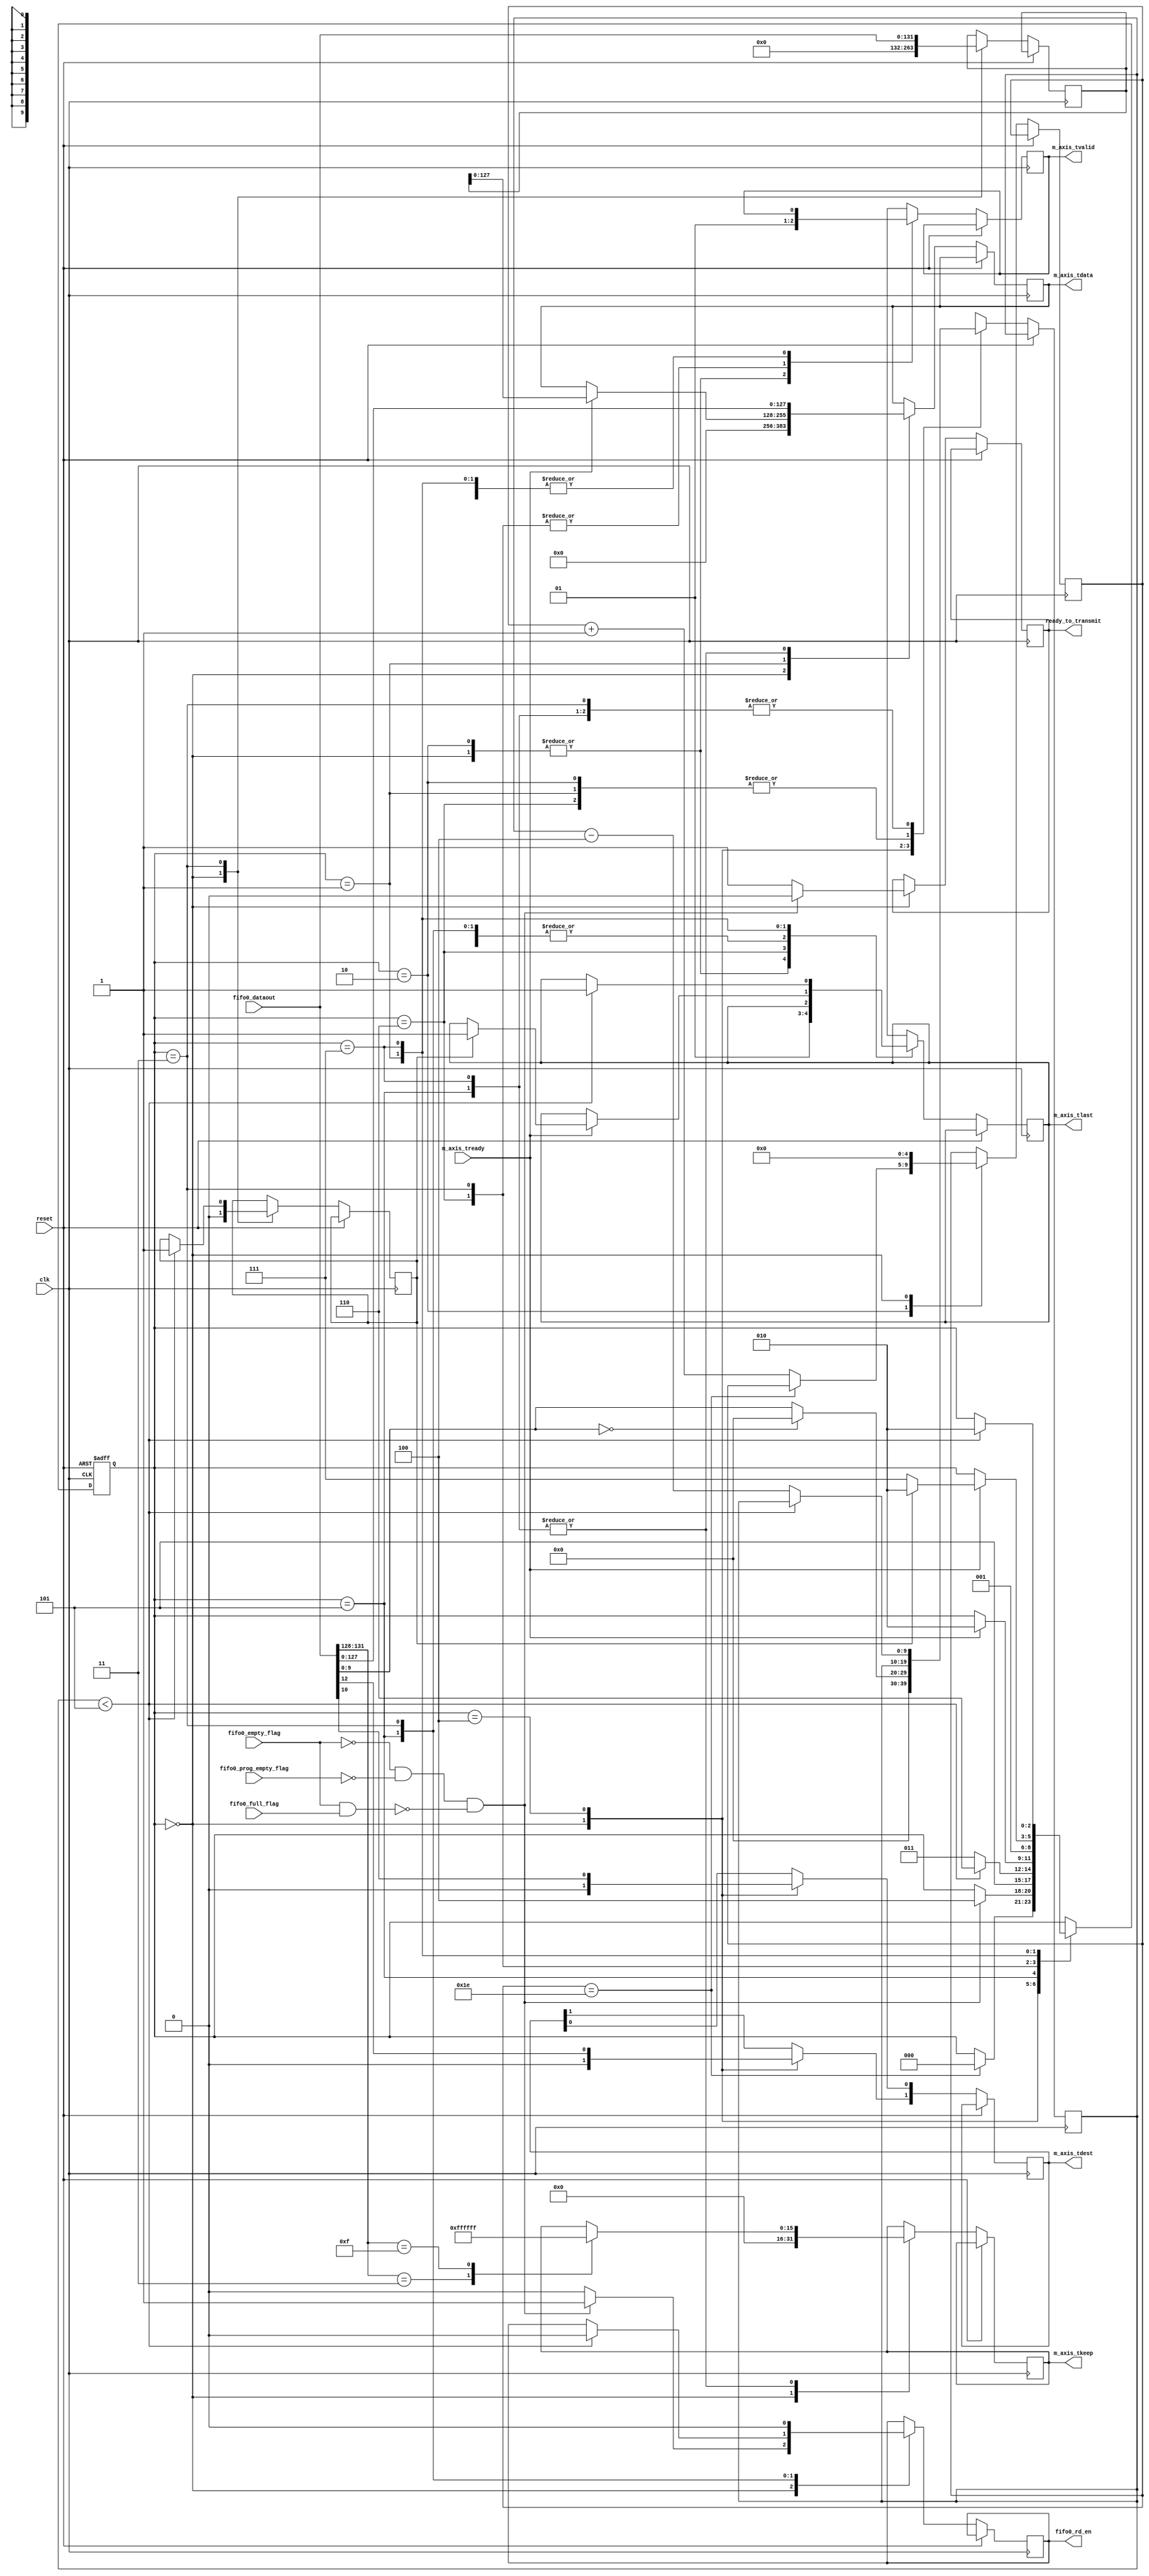
/*
AXI4-Stream master
Designed by Ivan Grafsky
Zelenograd, 2012 */


`timescale 1ps/1ps

module axi4_stream_master #(
parameter DATABUSWIDTH = 16, //in bytes
parameter TIDWIDTH = 2, // in bits
parameter TDESTWIDTH = 2, // in bits
parameter TUSERWIDTH = 4, // in bits
parameter FIFODATAWIDTH = 132 // in bits
)
(

//common signals
input                            	clk,
input                            	reset,
//axi4stream signals
output reg									m_axis_tvalid,
input						     				m_axis_tready,
output reg [(8*DATABUSWIDTH-1):0]   m_axis_tdata,
output reg[(DATABUSWIDTH-1):0]      m_axis_tkeep,
output reg									m_axis_tlast,
output reg [TDESTWIDTH-1:0]			m_axis_tdest,
//output reg [(TUSERWIDTH-1):0]       m_axis_tuser,

//user signals
input [(FIFODATAWIDTH-1):0]      	fifo0_dataout,
output reg                       	fifo0_rd_en,
output reg                       	ready_to_transmit,
input                            	fifo0_empty_flag,
input 										fifo0_full_flag,
input											fifo0_prog_empty_flag
);

localparam [2:0] idle     =  3'b000,
				 start    =  3'b001,
				 waitstate  = 3'b010,
				 state0   =  3'b100,
				 state1   =  3'b101,
				 state2  = 3'b110,
				 state3  = 3'b011,
				 transmit = 3'b111;
 
reg [2:0] state_reg;
reg flag;
reg [131:0] buffer;
reg [9:0] counter;
reg [4:0] counter0;

always@(posedge clk or posedge reset)
begin
	if(reset)
		begin
			state_reg <= idle;
		end
	else
		begin
			case(state_reg)
				waitstate:
					begin
						m_axis_tvalid = 1'b0;
						m_axis_tlast = 1'b0;
						if(counter0 == 30)
							begin
								state_reg <= idle;
							end
						else
							begin
								counter0 <= counter0 + 1;
							end
					end
				idle:
					begin
						counter0 <= 0;
						flag <= 1'b0;
						buffer <= 0;
						m_axis_tlast = 1'b0;
						counter = 0;
						fifo0_rd_en <= 1'b0;
						m_axis_tvalid = 1'b0;
						m_axis_tdest <= 2'b00;
						m_axis_tdata <= 0;
						m_axis_tkeep <= 0;
						ready_to_transmit <= 1'b1;
						if((~fifo0_empty_flag) & (~fifo0_prog_empty_flag) & (~(fifo0_empty_flag & fifo0_full_flag)))
							begin
								fifo0_rd_en <= 1'b1;
								ready_to_transmit <= 1'b0;
								state_reg <= state0;
							end
					end
				state0:
					begin
						case(fifo0_dataout[9:0])
							10'b0:
								begin
									counter = 1024;
								end
							default:
								begin
									counter = fifo0_dataout[9:0];
								end
						endcase
						m_axis_tdest[0] <= fifo0_dataout[10];
						m_axis_tdest[1] <= fifo0_dataout[12];
						state_reg <= state1;
					end
				state1:
					begin
						m_axis_tdata <= fifo0_dataout[127:0];
						case(fifo0_dataout[131:128])
							4'b11:
								begin
									m_axis_tkeep <= 16'h00FF;
								end
							4'b1111:
								begin
									m_axis_tkeep <= 16'hFFFF;
								end
						endcase
						if(counter < 5)
							begin
								fifo0_rd_en <= 1'b0;
								state_reg <= state2;
							end
						else
							begin
								counter = counter - 4;
								state_reg <= state3;
							end
					end
				state2:
					begin
						m_axis_tvalid = 1'b1;
						m_axis_tlast = 1'b1;
						if(m_axis_tready)
							begin
								state_reg <= waitstate;
							end
					end
				state3:
					begin
						buffer <= fifo0_dataout;
						fifo0_rd_en <= 1'b0;
						state_reg <= start;
						m_axis_tvalid = 1'b1;
						if(counter < 5)
							begin
								flag <= 1'b1;
							end
						else
							begin
								counter = counter - 4;
							end
					end
				start:
					begin
						if(m_axis_tready)
							begin
								m_axis_tdata <= buffer[127:0];
								if(flag)
									begin
										state_reg <= waitstate;
										m_axis_tlast = 1'b1;
									end
								else
									begin
										state_reg <= transmit;
									//	counter = counter - 4;
									end
							end
					end
				transmit:
					begin
						m_axis_tdata <= fifo0_dataout[127:0];
						case(fifo0_dataout[131:128])
							4'b11:
								begin
									m_axis_tkeep <= 16'h00FF;
								end
							4'b1111:
								begin
									m_axis_tkeep <= 16'hFFFF;
								end
						endcase
						if(counter < 5)
							begin
								m_axis_tlast = 1'b1;
								state_reg <= waitstate;
							end
						else
							begin
								counter = counter - 4;
							end
					end
			endcase
		end
end


endmodule